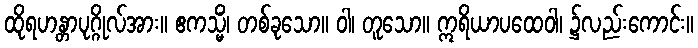
ထိုရဟန္တာပုဂ္ဂိုလ်အား။ ဧကသ္မိံ၊ တစ်ခုသော။ ဝါ၊ တူသော။ ဣရိယာပထေဝါ၊ ၌လည်းကောင်း။